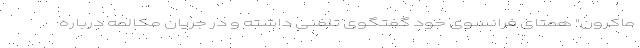
ماکرون" همتای فرانسوی خود گفتگوی تلفنی داشته و در جریان مکالمه درباره